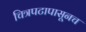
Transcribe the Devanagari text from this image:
चित्रपटापासूनच